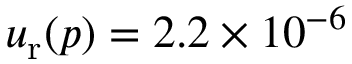
u _ { \mathrm { r } } ( p ) = 2 . 2 \times 1 0 ^ { - 6 }